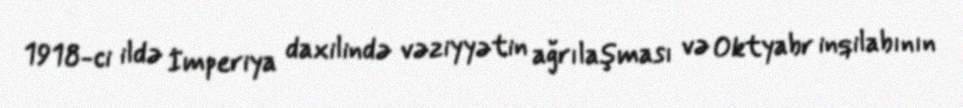
1918-ci ildə İmperiya daxilində vəziyyətin ağrılaşması və Oktyabr inqilabının